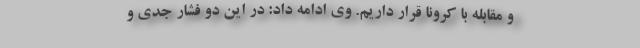
و مقابله با کرونا قرار داریم. وی ادامه داد: در این دو فشار جدی و